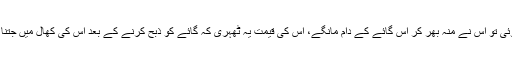
جب اسے اس کی اہمیت معلوم ہوئی تو اس نے منہ بھر کر اس گائے کے دام مانگے، اس کی قیمت یہ ٹھہری کہ گائے کو ذبح کرنے کے بعد اس کی کھال میں جتنا سونا آئے وہ اس کی قیمت ہوگی۔